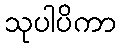
သုပါပိကာ